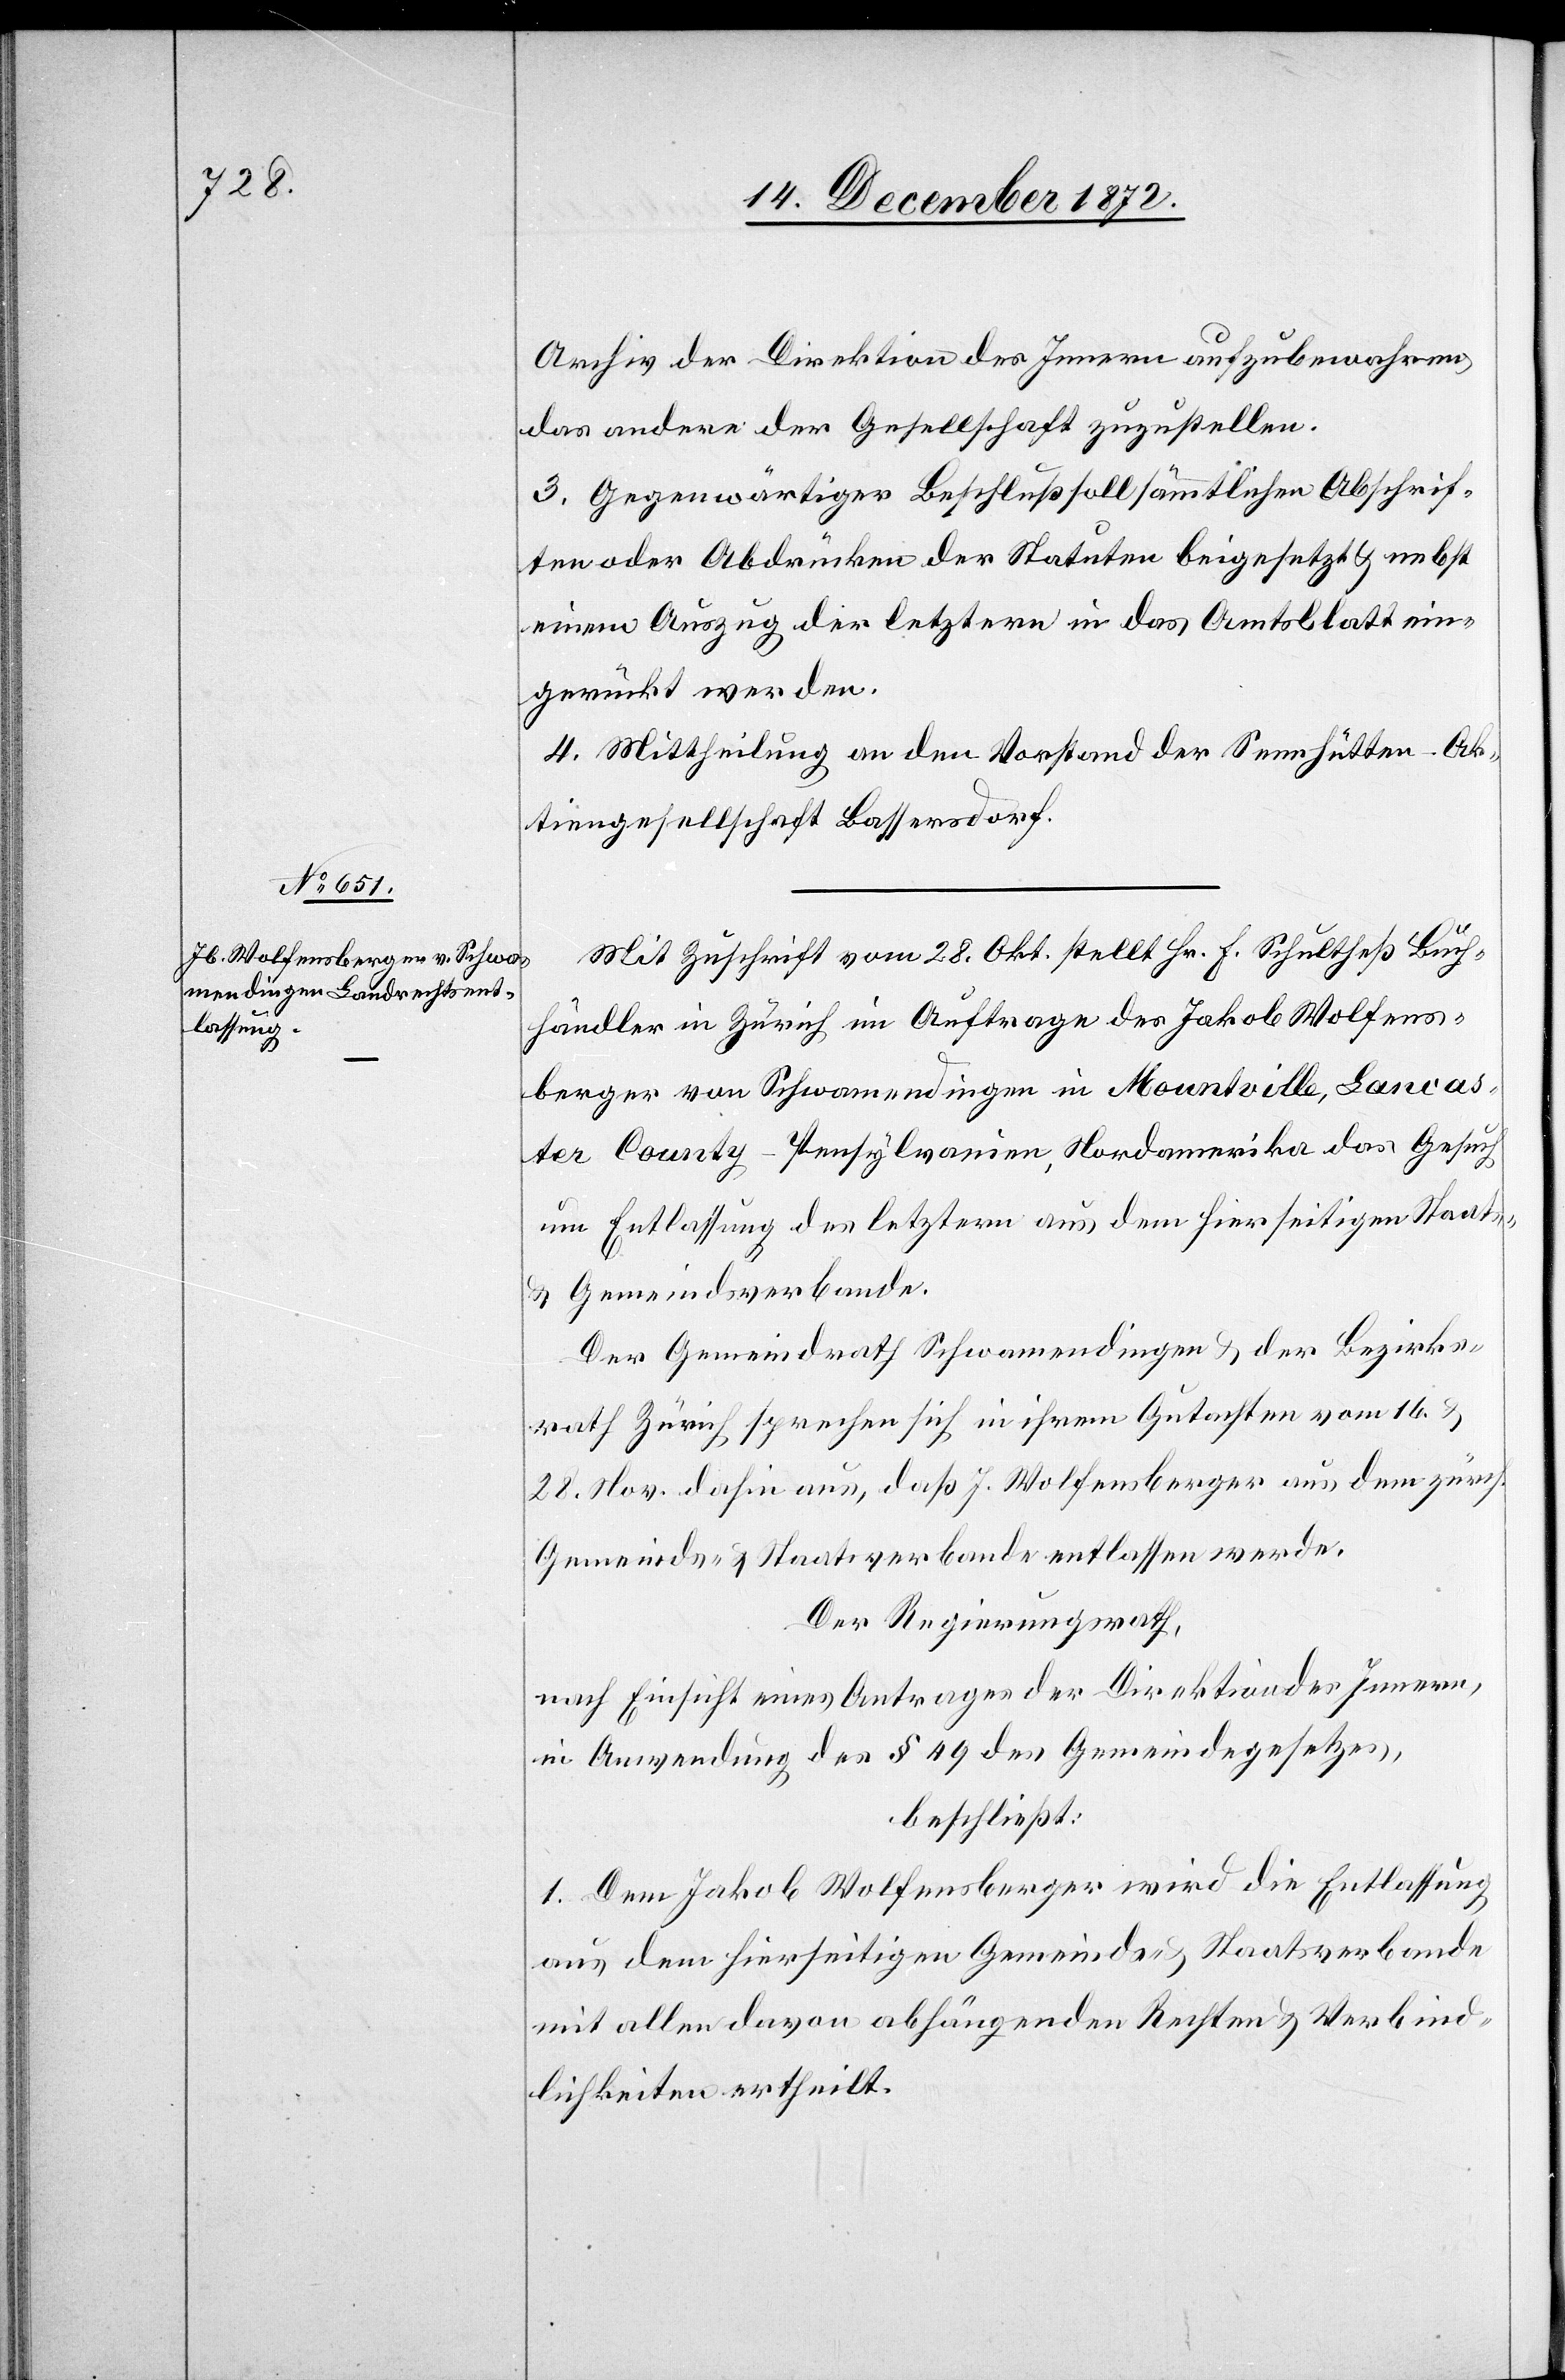
Archiv der Direktion des Innern aufzubewahren,
das andere der Gesellschaft zuzustellen.
3. Gegenwärtiger Beschluß soll sämmtlichen Abschrif¬
ten oder Abdrücken der Statuten beigesetzt u. nebst
einem Auszug der letztern in das Amtsblatt ein¬
gerückt werden.
4. Mittheilung an den Vorstand der Sennhütten-Ak¬
tiengesellschaft Bassersdorf.
Mit Zuschrift vom 28. Okt. stellt Hr. F. Schultheß Buch¬
händler in Zürich im Auftrage des Jakob Wolfens¬
berger von Schwamendingen in Mountville, Lancas¬
ter Country-Pensylvanien, Nordamerika das Gesuch
um Entlassung des letztern aus dem hierseitigen Staats-
u. Gemeindsverbande.
Der Gemeindrath Schwamendingen u. der Bezirks¬
rath Zürich sprechen sich in ihrem Gutachten vom 16. u.
28. Nov. dahin aus, das J. Wolfensberger aus dem zürch.
Gemeinde- u. Staatsverbande entlassen werde.
Der Regierungsrath,
nach Einsicht eines Antrages der Direktion des Innern,
in Anwendung des § 49 des Gemeindegesetzes,
beschließt:
1. Dem Jakob Wolfensberger wird die Entlassung
aus dem hierseitigen Gemeinds- u. Staatsverbande
mit allen davon abhängenden Rechten u. Verbind¬
lichkeiten ertheilt.